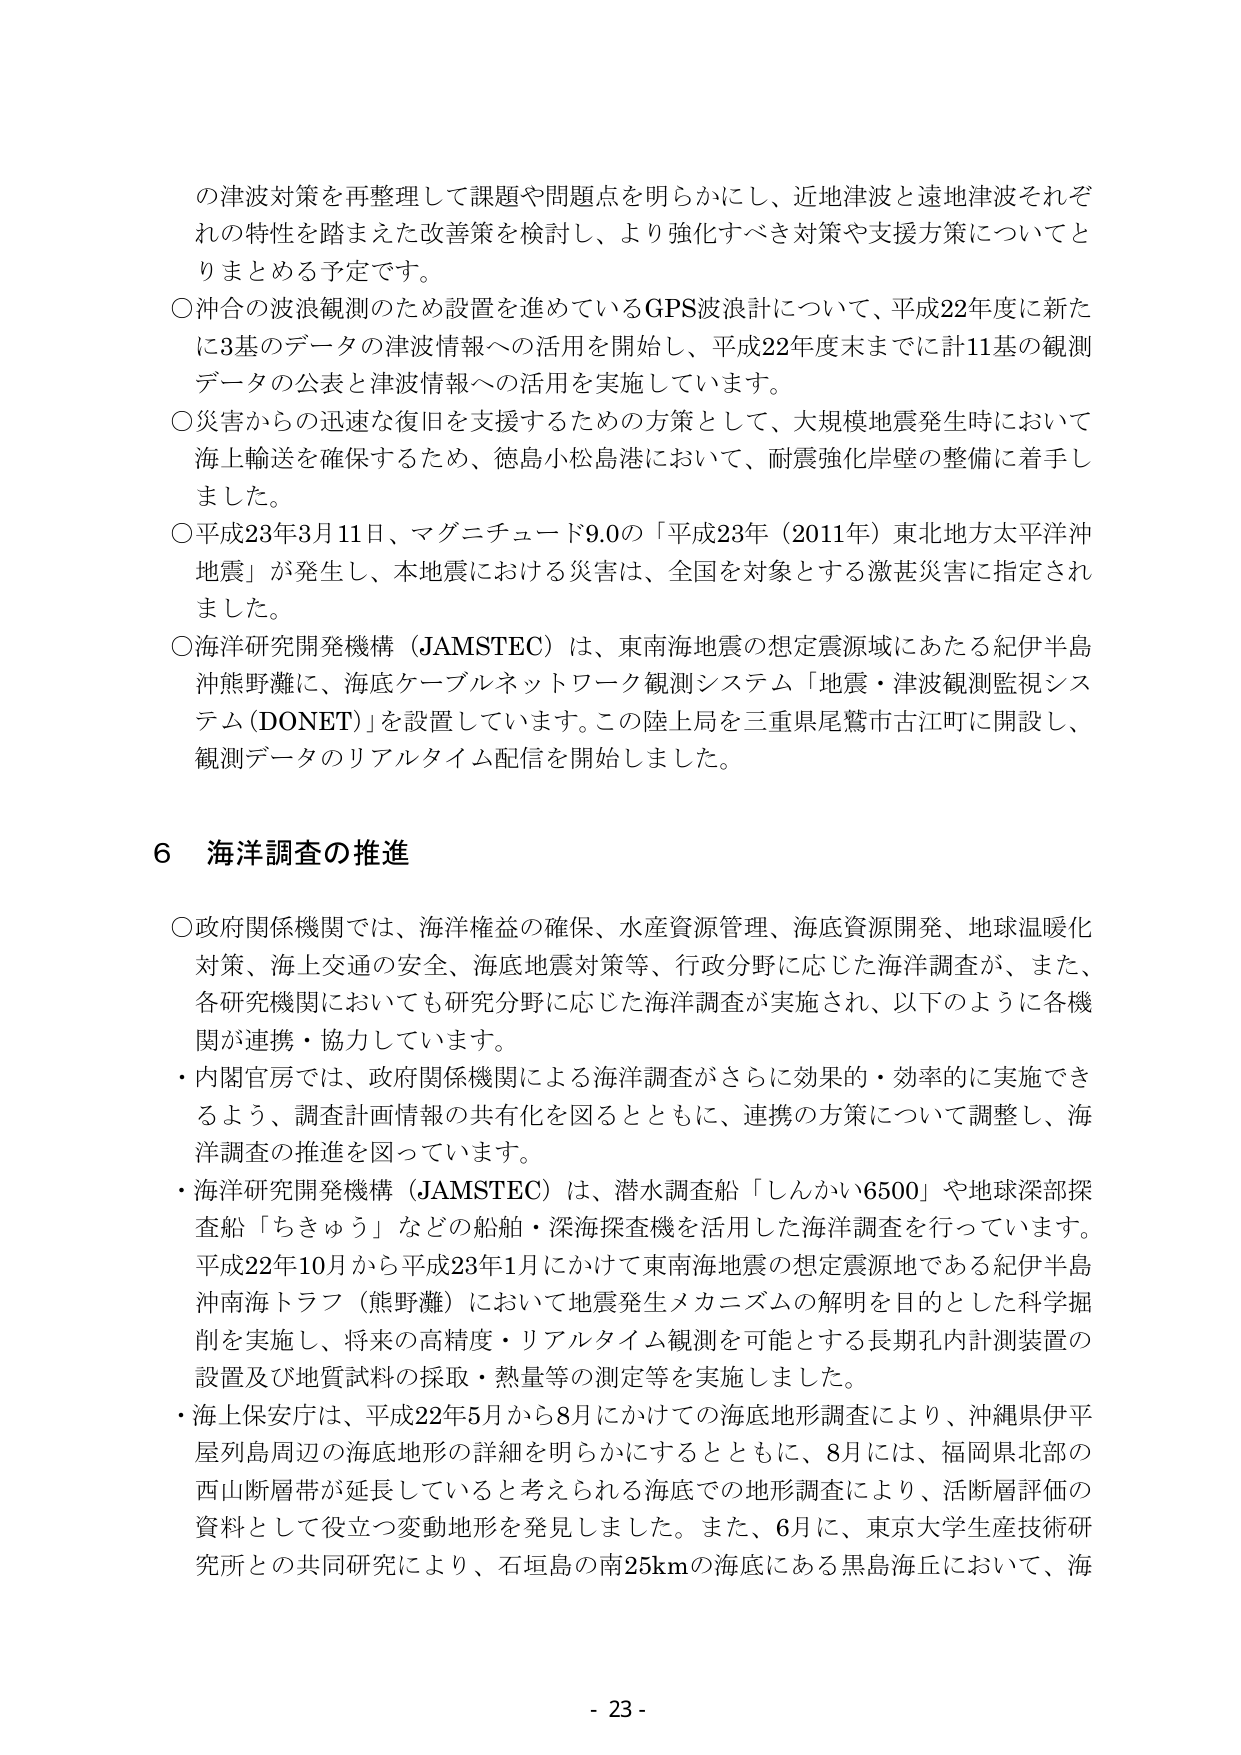
の津波対策を再整理して課題や問題点を明らかにし、近地津波と遠地津波それぞれの特性を踏まえた改善策を検討し、より強化すべき対策や支援方策についてとりまとめる予定です。

○沖合の波浪観測のため設置を進めているGPS波浪計について、平成22年度に新たに3基のデータの津波情報への活用を開始し、平成22年度末までに計11基の観測データの公表と津波情報への活用を実施しています。

○災害からの迅速な復旧を支援するための方策として、大規模地震発生時において海上輸送を確保するため、徳島小松島港において、耐震強化岸壁の整備に着手しました。

○平成23年3月11日、マグニチュード9.0の「平成23年（2011年）東北地方太平洋沖地震」が発生し、本地震における災害は、全国を対象とする激甚災害に指定されました。

○海洋研究開発機構（JAMSTEC）は、東南海地震の想定震源域にあたる紀伊半島沖熊野灘に、海底ケーブルネットワーク観測システム「地震・津波観測監視システム（DONET）」を設置しています。この陸上局を三重県尾鷲市古江町に開設し、観測データのリアルタイム配信を開始しました。

6 海洋調査の推進

○政府関係機関では、海洋権益の確保、水産資源管理、海底資源開発、地球温暖化対策、海上交通の安全、海底地震対策等、行政分野に応じた海洋調査が、また、各研究機関においても研究分野に応じた海洋調査が実施され、以下のように各機関が連携・協力しています。

・内閣官房では、政府関係機関による海洋調査がさらに効果的・効率的に実施できるよう、調査計画情報の共有化を図るとともに、連携の方策について調整し、海洋調査の推進を図っています。

・海洋研究開発機構（JAMSTEC）は、潜水調査船「しんかい6500」や地球深部探査船「ちきゅう」などの船舶・深海探査機を活用した海洋調査を行っています。平成22年10月から平成23年1月にかけて東南海地震の想定震源地である紀伊半島沖南海トラフ（熊野灘）において地震発生メカニズムの解明を目的とした科学掘削を実施し、将来の高精度・リアルタイム観測を可能とする長期孔内計測装置の設置及び地質試料の採取・熱量等の測定等を実施しました。

・海上保安庁は、平成22年5月から8月にかけての海底地形調査により、沖縄県伊平屋列島周辺の海底地形の詳細を明らかにするとともに、8月には、福岡県北部の西山断層帯が延長していると考えられる海底での地形調査により、活断層評価の資料として役立つ変動地形を発見しました。また、6月に、東京大学生産技術研究所との共同研究により、石垣島の南25kmの海底にある黒島海丘において、海

- 23 -